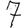
Digit: 7